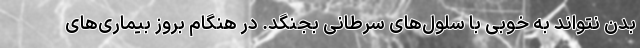
بدن نتواند به خوبی با سلول‌های سرطانی بجنگد. در هنگام بروز بیماری‌های